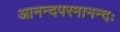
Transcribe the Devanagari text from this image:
आनन्दपरमानन्दः